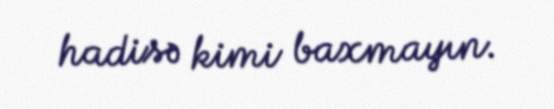
hadisə kimi baxmayın.